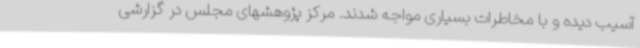
آسیب دیده و با مخاطرات بسیاری مواجه شدند. مرکز پژوهشهای مجلس در گزارشی